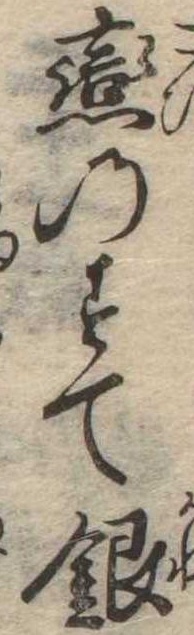
恋のすて銀